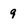
Character: 9